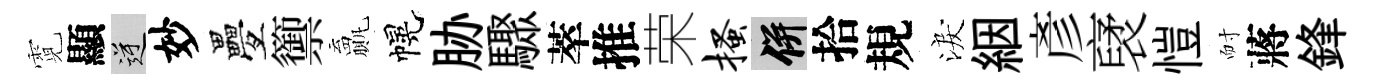
霓顯逆妙疊籞贏幌胁驟萃推荣搔并拾規淚絪彥裦愷耐蔣鋒